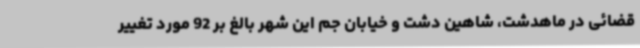
قضائی در ماهدشت، شاهین دشت و خیابان جم این شهر بالغ بر 92 مورد تغییر